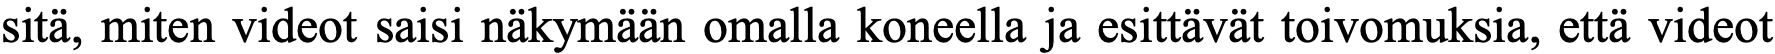
sitä, miten videot saisi näkymään omalla koneella ja esittävät toivomuksia, että videot